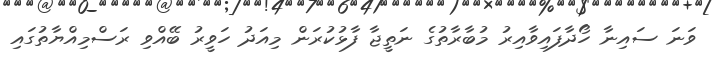
ވަނަ ސައިނާ ހޯދާފައިވާއިރު މުބާރާތުގެ ނަތީޖާ ފާޅުކުރަން މިއަދު ހަވީރު ބޭއްވި ރަސްމިއްޔާތުގައި